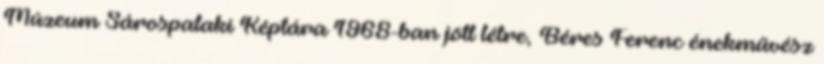
Múzeum Sárospataki Képtára 1968-ban jött létre, Béres Ferenc énekművész